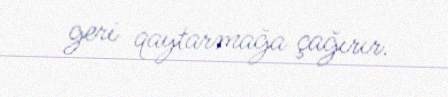
geri qaytarmağa çağırır.